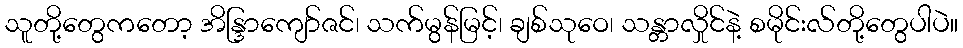
သူတို့တွေကတော့ အိန္ဒြာကျော်ဇင်၊ သက်မွန်မြင့်၊ ချစ်သုဝေ၊ သန္တာလှိုင်နဲ့ စမိုင်းလ်တို့တွေပါပဲ။